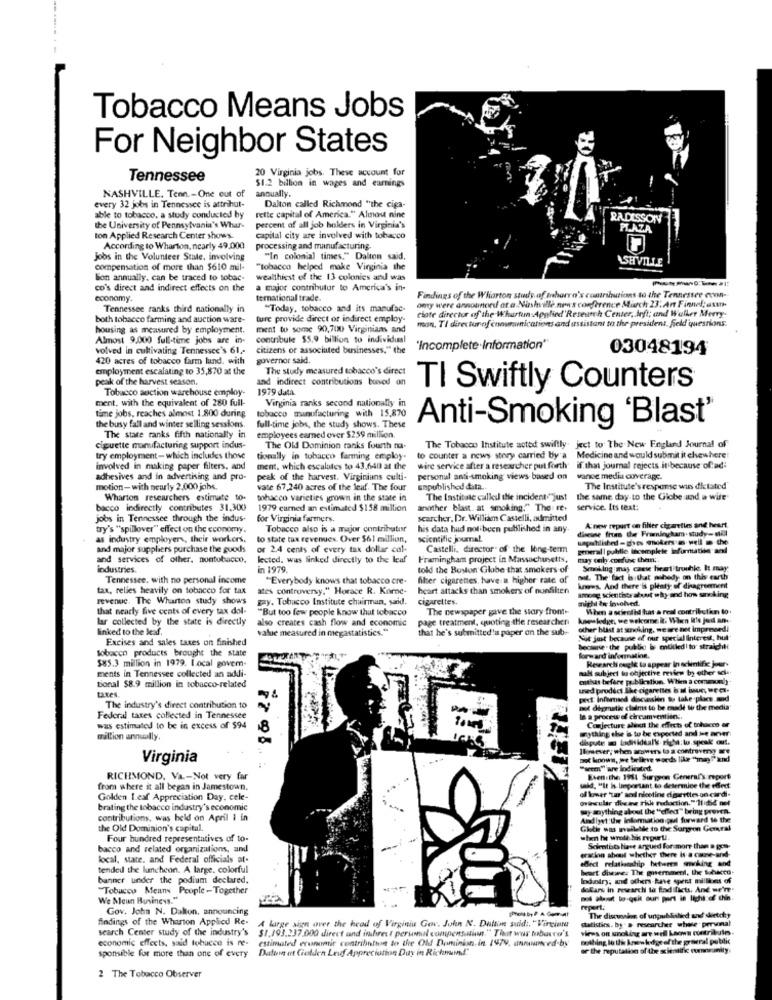
Tobacco Means Jobs
For Neighbor States
20 Virginia jobs. These account for
Tennessee
NASHVILLE. Tenn .- One out of
$1.2 billion in wages and earnings
annually.
every 32 jobs in Tennessee is attrihut-
Dalton called Richmond "the ciga-
able to tobacco. a study conducted by
rette capital of America." Almost nine
RADISSON
the University of Pennsylvania's Whar-
percent of all job holders in Virginia's
PLAZA
ton Applied Research Center shows.
capital city are involved with tobacco
According to Wharton, nearly 49,000
processing and manufacturing.
Jobs in the Volunteer State, involving
"In colonial times." Dalton said.
ASHVILLE
compensation of more than $610 mil-
"tobacco helped make Virginia the
lion annually, can be traced to tobac-
wealthiest of the 13 colonies and was
co's direct and indirect effects on the
a major contributor to America's in-
coonamy.
temnational trade.
Findings of the Wharton study of traharra's contributions to the Tennessee con-
Tennessee ranks third nationally in
"Today, tobacco and its manufac-
omy were announced at a Nashville news conference March 23: Ant Finnel, ass
ciate director of the Whartem Applied Research Center, left; and Walker Merry-
both tobacco farming and auction ware-
ture provide direct or indirect employ-
man, Ti directurofennununications and assistant to the president. Seld'questions.
housing as measured by employment.
ment to some 90,700 Virginians and
Almost 9.000 full-time jobs are in-
contribule $5.9 billion to individual
volved in cultivating Tennessee's 61 ,-
citizens of associated businesses." the
'Incomplete·Information"
03048194
420 acres of tobacco farm land. with
governor said.
employment escalating to 35,870 at the
The study measured tobacco's direct
peak of the harvest season.
and indirect contributions buved on
Tobacco auction warehouse employ-
1979 data.
TI Swiftly Counters
ment, with the equivalent of 280 full-
Virginia ranks second nationally in
time jobs, reaches almost 1.800 during
tobacco manufacturing with 15,870
the busy fall and winter selling sessions.
full-time jobs, the study shows. These
Anti-Smoking 'Blast"
The state ranks fifth nationally in
employees earned over $259 million.
ciguette manufacturing support indus-
The Old Dominion ranks fourth na-
The Tobacco Institute acted swiftly. ject to The New England Journal of
try employment - which includes those
tionally in tobacco farming employ-
to counter a news story carried by a Medicine and would submit it chewhere:
involved in making paper filters, and
ment, which escalates to 43,640 at the
wire service after a researcher put forth
if. that journal rejects.it because of.ad;
adhesives and in advertising and pro-
peak of the harvest. Virginiuns culti-
personal anti-smoking views based on
vance media coverage.
motion- with nearly 2,000 jobs.
vate 67,240 acres of the leaf. The four
unpublished data ..
The Institute's response wins dictated"
Wharton researchers estimate to.
tobacco varieties grown in the state in
The Institute calls the incident "just the same day to the Globe and a wife
bacco indirectly contributes 31.300
1979 carned an estimated $158 million
another blast. at smoking." The: re.
service. Its text:
jobs in Tennessee through the indus-
for Virginia farmers.
searcher, Dr. William Castelli, admitted
try's "spillover" effect on the economy.
Tobacco also is a major contributor
his data had not been published in any.
diseine from the Framingham. study-Mal
A new report on filter cigareties and heart
as industry employers, their workers.
to state tax revenues. Over $61 million,
scientific journal.
and major suppliers purchase the goods
or 2.4 cents of every tak dollar col-
Castelli, director of the long-term
poweral | publie lecomplete information and
and services of other. nontubucco,
lected, was linked directly to the leuf
Framingham project in Massachusetts,
may carly coefuse them;
industries.
in 1979.
told the Boston Globe that smokers of
Smoking:may cause heart trumble, It may
Tennessee, with no personal income
"Everybody knows that tobacco cre-
filter cigarettes. have a higher rate of
mit. The fact is that nobody on this earth
tax, relies heavily on tobacco for tax
ates controversy." Horace R. Korne-
heart attacks than smokers of nunfilter
knows. And there is plenty of dinagreement
amoaç scientists about why and how sanoking
revenue. The Wharton study shows
gay. Tobacco Institute chairman, sand.
cigarettes.
might &x involved.
that nearly five cents of every tax dol-
"But too few people know that tobacco
The newspaper give the story fromt-
When a scienthd has a real contributin 60
lar collected by the state is directly
also creates cash flow and economic
page treatment, quoting the researcheri
kapsledge, we wekome it; Wien I's jod an
linked to the leaf.
value measured in megastatistics."
that he's submitted's paper on the sub-
other blast at smoking, we are not impresedi
Excises and sales taxes on finished
Nit just because of our special interest, hut.
tobacco products brought the state
Becserve . the public b entitled to straight
$85.3 million in 1979. Local govem-
forward informalin.
Researchi seglk to appear In schintific jour-
ments in Tennessee collected an addi-
salt subject to objective review by other scia.
tional $8.9 million in tobacco-related
enthat before publication. When a comanly
taxes.
ted product She cigarettes i ul isur, we C.
pit: Infamsed dicesken to take place and
The industry's direct contribution to
mot dimatk claims to be made to the media'
Federal taxes collected in Tennessee
a procew of chroamvention :.
Conjecture aliat the effects of tobacco er
was estimated to be in excess of $94
ything the is to be exported and ue aner
million annually,
dipute a Ladisideal's rita:to.speak out.
Ihowever, when wowers to a contraveny Be
Virginia
Bot knows, we believe words like "mag ? and
"weem" are ind kuted.
RICHMOND, Va .- Not very far
Eventithe 1981 Surgeon General's report
from where it all began in Jamestown.
said. "It Is lieportant to determine the effect
of kowar 'un' and nicotine dgertles-on cardi+
Golden Leaf Appreciation Day, cele-
Oväncular divine risk reduction."'ll idid not
brating the tobacco industry's economic
my mything about the "efled" bring prova.
contributions, was held on April 1 in
Aidiyet:the Informationipel forward to the
the Old Dominion's capital.
Globke was mailelde to the Surgeon General
Four hundred representatives of to-
when he wrote has report.
bacco and related organizations, and
eracion about whether there is a came-and-
Scientists have argued for more than a gets-
local, state. and Federal officials at-
effect relationship between smoking and
tended the luncheon. A large. colorful
beart diese. The ghemmetil, the tobacco-
banner under the podium declared,
Industry; and others knve spent millions of
"Tobacco Means People -Together
dolars in research la fadiliets, And we're-
We Mean Business."
Gov. John N. Dalton, announcing
report.
findings of the Wharton Applied Re-
A large sign over the head of Virginia Gov. John N. Dutton suid :, "Vircinna
statistics. by. a researcher whose pervinal
The discussion of ungnublalied and sketchy
search Center study of the industry's
$1.193.237.000 direct and inchrest personal compensation." That was tubero's
vires on smoking are well Laows contribules
economic effects, said tobucco is re-
estimated erunatic contribution to the Old Dominion, in 1979, announced-by
nothing lo thi Anven kedge of the graeral public
sponsible for more than one of every
Datum et Ciolden Leuf Appreciation Day in Richmond"
" the reputation of the scientific comovanity
2 The Tobacco Observer